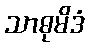
သာဓုမိဒံ